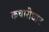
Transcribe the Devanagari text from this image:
कचारीघाट